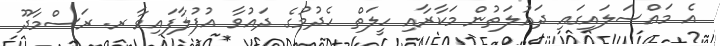
އެ މައްސަލައިގައި ދައުލަތުން މަކާރާއި ހީލަތް ހެދުމުގެ ދައުވާ އުފުލާފައިވާ ރ. ރަސްމާދޫ